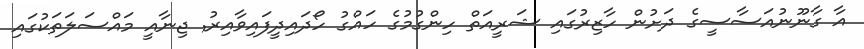
އާ ގާނޫނުއަސާސީގެ ދަށުން ހާޒިރުގައި ޝަރީއަތް ހިންގުމުގެ ހައްގު ހޯދައިދީފައިވާއިރު